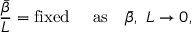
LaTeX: { \frac { \bar { \beta } } { L } } = \mathrm { f i x e d ~ ~ ~ ~ a s } \quad { \bar { \beta } } , ~ L \rightarrow 0 ,